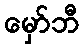
မှော်ဘီ